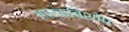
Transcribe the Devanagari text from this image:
आर्कबिशोप